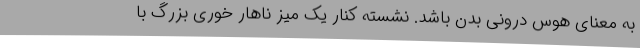
به معنای هوس درونی بدن باشد. نشسته کنار یک میز ناهار خوری بزرگ با